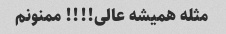
مثله همیشه عالی!!!! ممنونم